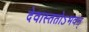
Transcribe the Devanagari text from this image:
देवास्ततोऽभवन्